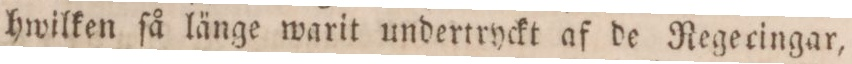
hwilken ſå länge warit undertryckt af de Regecingar,